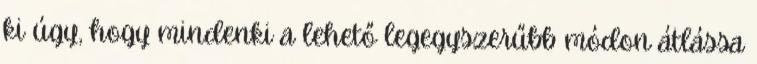
ki úgy, hogy mindenki a lehető legegyszerűbb módon átlássa